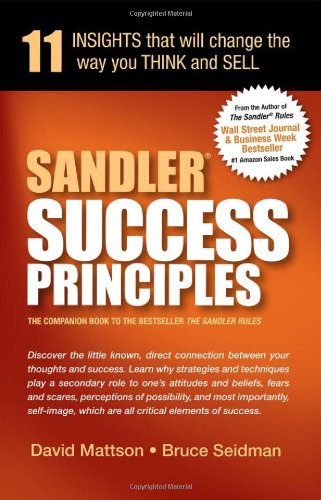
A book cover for Sandler Success Principles : 11 Insights that will change the way you Think and Sell; David Mattson; Business & Money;